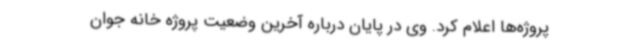
پروژه‌ها اعلام کرد. وی در پایان درباره آخرین وضعیت پروژه خانه جوان